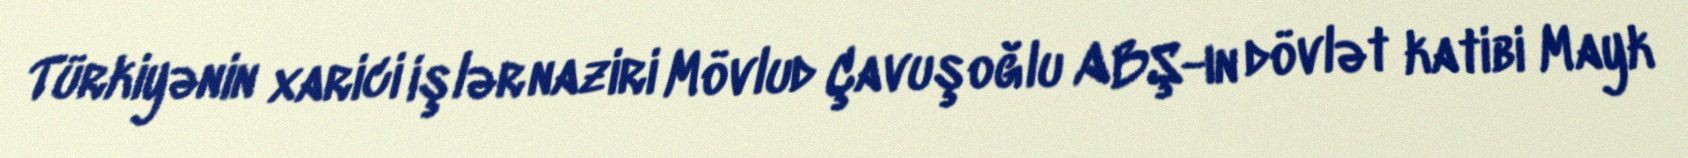
Türkiyənin xarici işlər naziri Mövlud Çavuşoğlu ABŞ-ın dövlət katibi Mayk